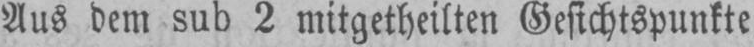
Aus dem sub 2 mitgetheilten Gesichtspunkte